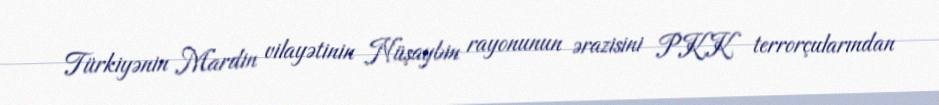
Türkiyənin Mardin vilayətinin Nüşaybin rayonunun ərazisini PKK terrorçularından